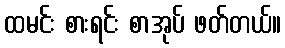
ထမင်း စားရင်း စာအုပ် ဖတ်တယ်။